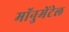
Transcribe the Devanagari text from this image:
मॉनुमेंटेल